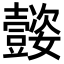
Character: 𡤜